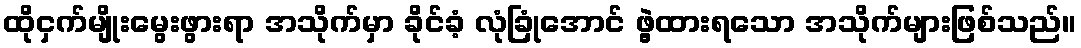
ထိုငှက်မျိုးမွေးဖွားရာ အသိုက်မှာ ခိုင်ခံ့ လုံခြုံအောင် ဖွဲ့ထားရသော အသိုက်များဖြစ်သည်။